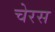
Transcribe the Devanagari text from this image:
चेरस